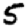
Digit: 5